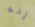
إنه